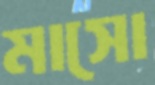
মাসো